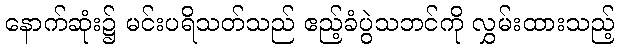
နောက်ဆုံး၌ မင်းပရိသတ်သည် ဧည့်ခံပွဲသဘင်ကို လွှမ်းထားသည့်